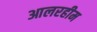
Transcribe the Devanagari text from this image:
आलरहीम